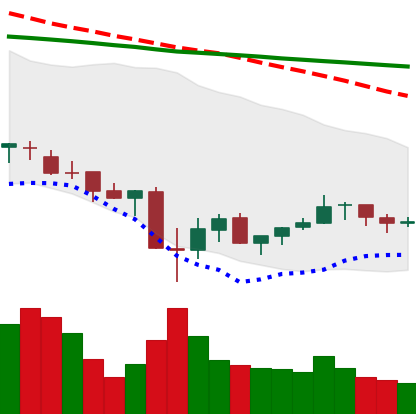
Ticker: XLM-USD
Chart end date: 2021-07-03
Forward return: -7.908%
Label: down_7plus